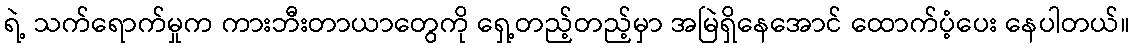
ရဲ့ သက်ရောက်မှုက ကားဘီးတာယာတွေကို ရှေ့တည့်တည့်မှာ အမြဲရှိနေအောင် ထောက်ပံ့ပေး နေပါတယ်။